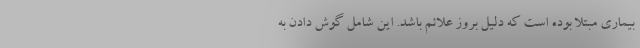
بیماری مبتلا بوده است که دلیل بروز علائم باشد. این شامل گوش دادن به